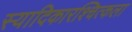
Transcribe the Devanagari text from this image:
स्यादिकारश्चित्कला